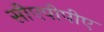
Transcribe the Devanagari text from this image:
सीएपीपीए